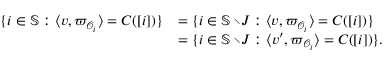
\begin{array} { r l } { \{ i \in \mathbb { S } : \langle v , \varpi _ { { \mathcal { O } } _ { i } } \rangle = C ( [ i ] ) \} } & { = \{ i \in \mathbb { S } \setminus \! J : \langle v , \varpi _ { { \mathcal { O } } _ { i } } \rangle = C ( [ i ] ) \} } \\ & { = \{ i \in \mathbb { S } \setminus \! J : \langle v ^ { \prime } , \varpi _ { { \mathcal { O } } _ { i } } \rangle = C ( [ i ] ) \} . } \end{array}